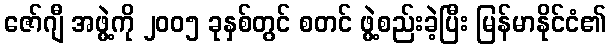
ဇော်ဂျီ အဖွဲ့ကို ၂၀၀၅ ခုနှစ်တွင် စတင် ဖွဲ့စည်းခဲ့ပြီး မြန်မာနိုင်ငံ၏